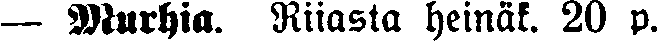
— Murhia. Riiasta heinäk. 20 p.